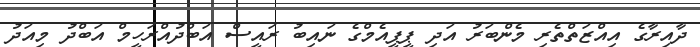
ދާއިރާގެ އިއްޒަތްތެރި މެންބަރު އަދި ޕީޕީއެމްގެ ނައިބު ރައީސް އަބްދުއްރަހީމް އަބްދު މިއަދު